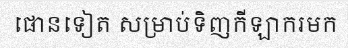
ផោនទៀត សម្រាប់ទិញកីឡាករមក